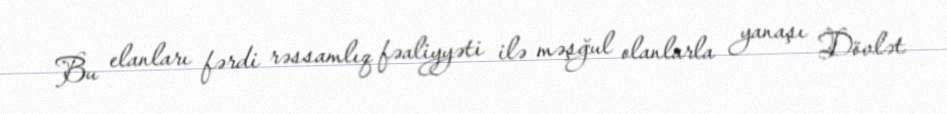
Bu elanları fərdi rəssamlıq fəaliyyəti ilə məşğul olanlarla yanaşı Dövlət